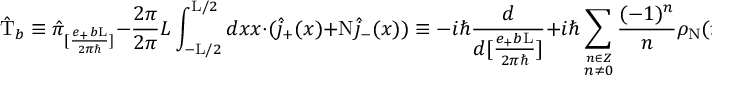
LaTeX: \hat { \mathrm { T } } _ { b } \equiv \hat { \pi } _ { [ \frac { e _ { + } b \mathrm { L } } { 2 { \pi } { \hbar } } ] } - \frac { 2 \pi } { 2 \pi } { L } \int _ { - \mathrm { L } / 2 } ^ { \mathrm { L } / 2 } d x x \cdot ( \hat { j } _ { + } ( x ) + \mathrm { N } \hat { j } _ { - } ( x ) ) \equiv - i \hbar \frac { d } { d [ \frac { e _ { + } b \mathrm { L } } { 2 { \pi } { \hbar } } ] } + i { \hbar } \sum _ { \stackrel { n \in \cal Z } { n \neq 0 } } \frac { ( - 1 ) ^ { n } } { n } \rho _ { \mathrm { N } } ( n )